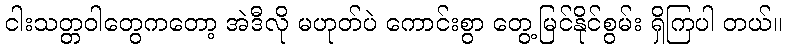
ငါးသတ္တဝါတွေကတော့ အဲဒီလို မဟုတ်ပဲ ကောင်းစွာ တွေ့မြင်နိုင်စွမ်း ရှိကြပါ တယ်။